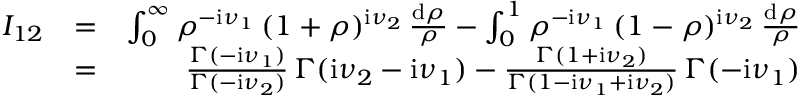
\begin{array} { r l r } { I _ { 1 2 } } & { = } & { \int _ { 0 } ^ { \infty } \rho ^ { - \mathrm { i } \nu _ { 1 } } \, ( 1 + \rho ) ^ { \mathrm { i } \nu _ { 2 } } \, \frac { \mathrm { d } \rho } { \rho } - \int _ { 0 } ^ { 1 } \rho ^ { - \mathrm { i } \nu _ { 1 } } \, ( 1 - \rho ) ^ { \mathrm { i } \nu _ { 2 } } \, \frac { \mathrm { d } \rho } { \rho } } \\ & { = } & { \frac { \Gamma ( - \mathrm { i } \nu _ { 1 } ) } { \Gamma ( - \mathrm { i } \nu _ { 2 } ) } \, \Gamma ( \mathrm { i } \nu _ { 2 } - \mathrm { i } \nu _ { 1 } ) - \frac { \Gamma ( 1 + \mathrm { i } \nu _ { 2 } ) } { \Gamma ( 1 - \mathrm { i } \nu _ { 1 } + \mathrm { i } \nu _ { 2 } ) } \, \Gamma ( - \mathrm { i } \nu _ { 1 } ) } \end{array}